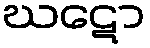
ဃဋော